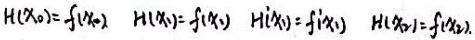
\[\begin{align*}
H(x_{0})&=f(x_{0})\\
H(x_{1})&=f(x_{1})\\
H'(x_{1})&=f'(x_{1})\\
H(x_{2})&=f(x_{2})
\end{align*}\]